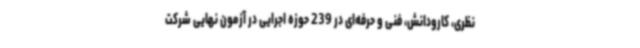
نظری، کارودانش، فنی و حرفه‌ای در 239 حوزه اجرایی در آزمون نهایی شرکت